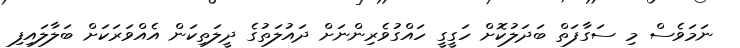
ނަމަވެސް މި ސަގާފަތް ބަދަލުކޮށް ހަގީގީ ހައްގުވެރިންނަށް ދައުލަތުގެ ދީލަތިކަން އެއްވަރަކަށް ބަލާލައިފި